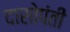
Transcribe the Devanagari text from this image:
दासोपंती